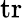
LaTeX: \operatorname{tr}